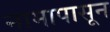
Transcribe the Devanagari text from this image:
नामापासून